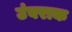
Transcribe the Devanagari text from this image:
उंबराक